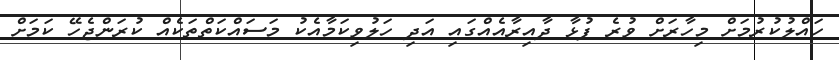
ހައްލުކުރުމަށް މިހާރަށް ވުރެ ފުޅާ ދާއިރާއެއްގައި އަދި ހަލުވިކަމާއެކު މަސައްކަތްތަކެއް ކުރަންޖެހޭ ކަމަށް